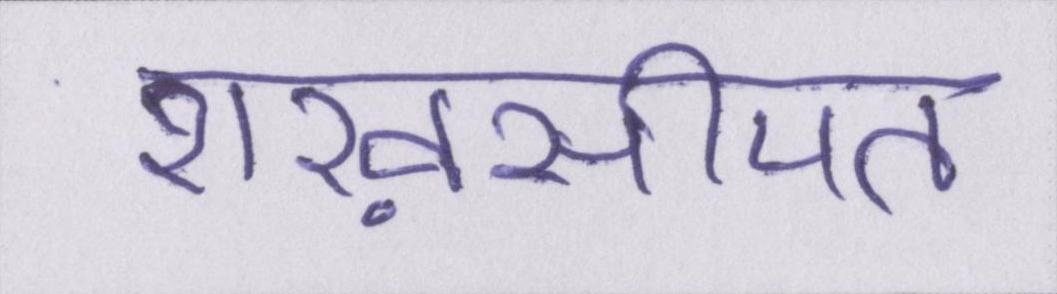
शख़सीयत